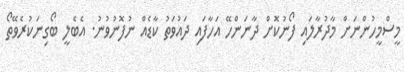
މީސްމީހުންނަށް މާދުރާލައި ފޯނުކޮށް ދާނަންހޭ އަހާފައި ދައުވަތު ކާޑެއް ނުފޮނުވުނު. އެބެލީ ބޯގިނަކުރެވޭތޯ